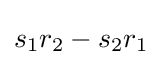
s_{1}r_{2}-s_{2}r_{1}